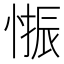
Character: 𱞾